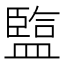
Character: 𥂭